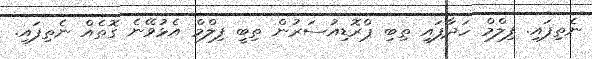
ނެތިފައި. ފިލްމް ހަދާފައި ތިބި ޕްރޮޑިއުސަރުން ތިބީ ފިލްމް އެޅުވޭނެ ގޮތެއް ނެތިފައި.